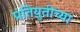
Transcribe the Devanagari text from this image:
प्रतियुतीच्या